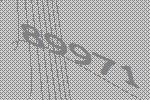
89971